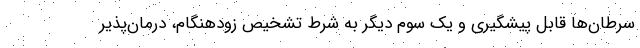
سرطان‌ها قابل پیشگیری و یک سوم دیگر به شرط تشخیص زودهنگام، درمان‌پذیر